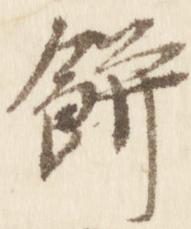
餅